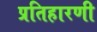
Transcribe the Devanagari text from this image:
प्रतिहारणी